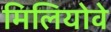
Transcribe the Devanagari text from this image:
मिलियोवे